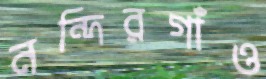
নন্দিরগাঁও